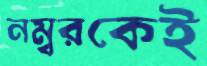
নম্বরকেই